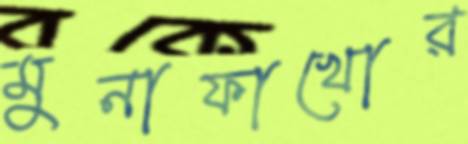
মুনাফাখোর